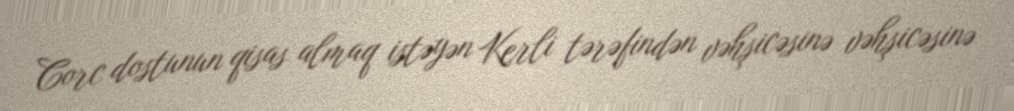
Corc dostunun qisas almaq istəyən Kerli tərəfindən vəhşicəsinə vəhşicəsinə